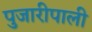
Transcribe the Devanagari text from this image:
पुजारीपाली